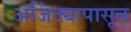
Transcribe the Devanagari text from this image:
अजिंठ्यापासून